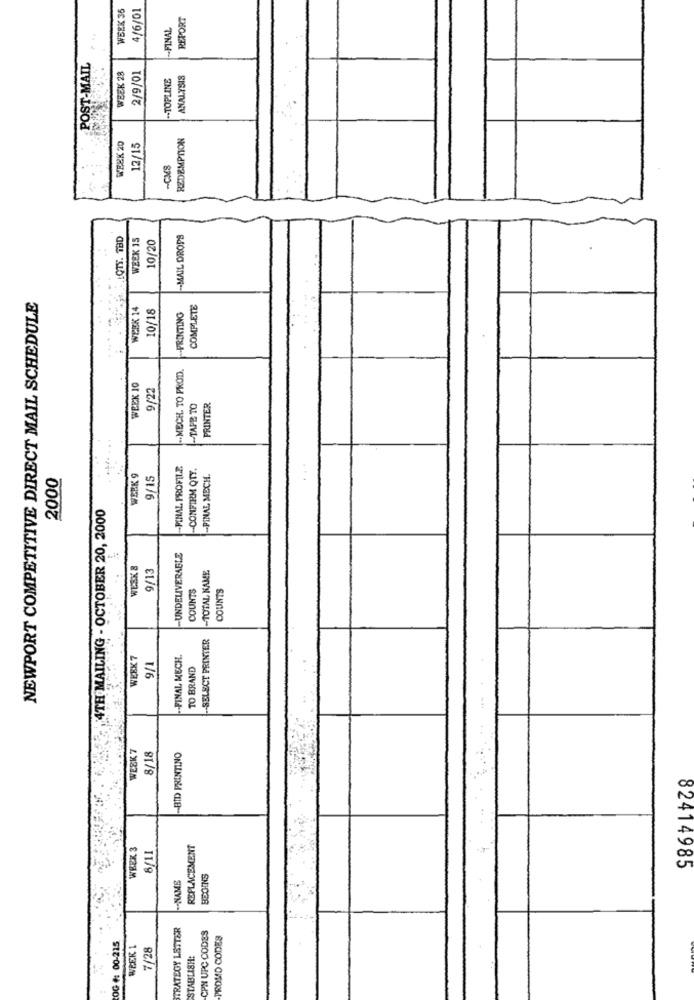
WEEK 36
4/6/01
REPORT
-FINAL
POST-MAIL
WEEK 28
2/9/01
-TOPLINE
ANALYSIS
REDEMPTION
WEEK 20
12/15
-CMS
LOTS. TBD
WEEK 15
10/20
-- MAIL DROPS
NEWPORT COMPETITIVE DIRECT MAIL SCHEDULE
WEEK 14
10/18
COMPLETE
-PRINTING
.. MECH. TO PROD.
WEEK 10
9/22
-TAPE TO
PRINTER
FINAL PROFILE
-CONFIRM QTY.
2000
WERK 9
9/15
-PINAL MECH.
4TH MAILING - OCTOBER 20, 2000
-UNDELIVERABLE
WESK &
-TOTAL KAME
9/13
COUNTS
COUNTS
-SELECT PRINTER
WEEK 7
9/1
-- FINAL MECH.
TO BRAND
WEEK 7
8/18
-BID PRINTINO
WEEK 3
REPLACEMENT
8/11
NAME
BEOINS
82414985
TRATEGY LETTER
CPN UPC CODES
PROMO CODES
OG #: 00-215
WEEK 1
7/28
STABLISH: